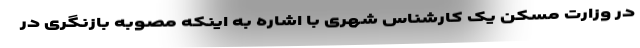
در وزارت مسکن یک کارشناس شهری با اشاره به اینکه مصوبه بازنگری در